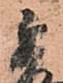
秀